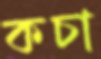
কচা